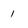
Character: 1